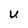
Character: U